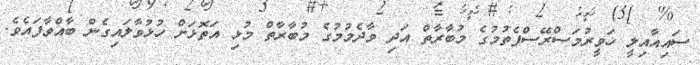
ސައިއާއިލީ ހަވީރުމަސްރޭސްފެތުމުގެ މުބާރާތް އަދި ވާދެމުމުގެ މުބާރާތް މުޅި އަތޮޅަށް ހުޅުވާލައިގެން ބާއްވާފައެވެ.